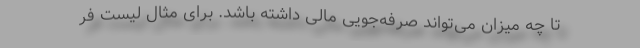
تا چه میزان می‌تواند صرفه‌جویی مالی داشته باشد. برای مثال لیست فر